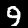
Digit: 9